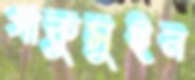
গাকুসুইন